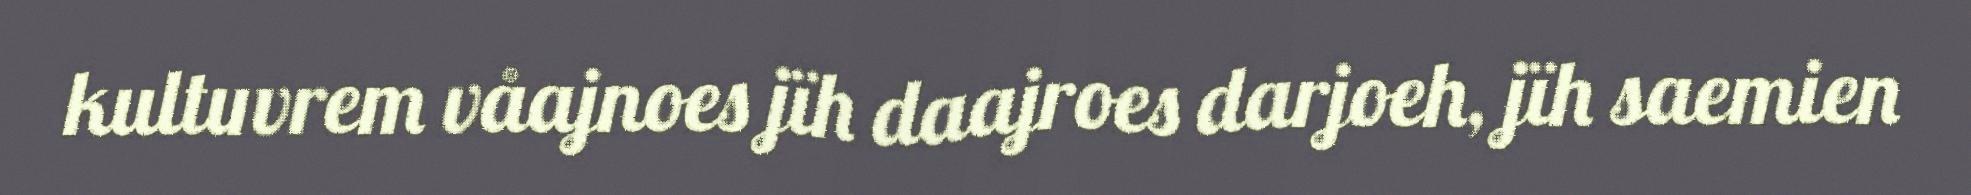
kultuvrem våajnoes jïh daajroes darjoeh, jïh saemien